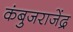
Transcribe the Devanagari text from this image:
कंबुजराजेंद्र